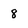
Character: 8